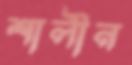
শালীন